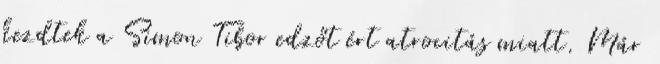
kezdtek a Simon Tibor edzőt ért atrocitás miatt. Már